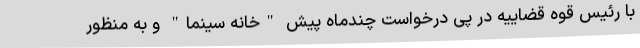
با رئیس قوه قضاییه در پی درخواست چندماه پيش "خانه سينما" و به منظور